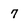
Character: 7